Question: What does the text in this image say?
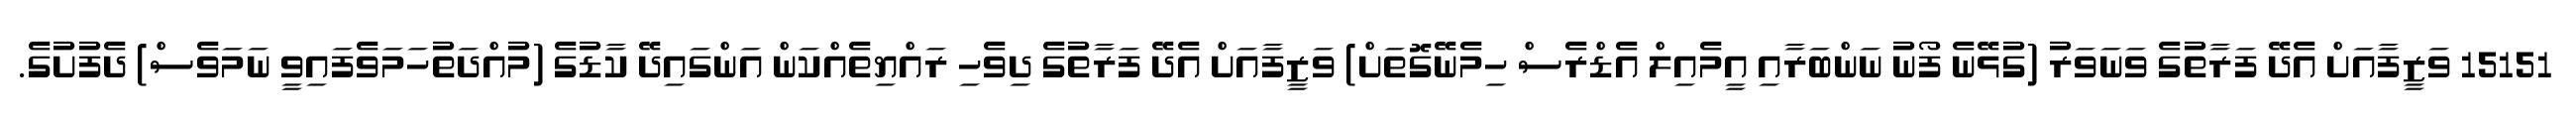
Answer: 15151 ވަޒީފާއަށް އެދޭ ފަރާތުގެ ވަނަވަރު (ގުޅޭނެ ފޯނު ނަންބަރާއި އީމެއިލް އެޑްރެސް ހިމެނޭގޮތަށް) ވަޒީފާއަށް އެދޭ ފަރާތުގެ ދިވެހި ރައްޔިތެއްކަން އަންގައިދޭ ކާޑުގެ (މުއްދަތުހަމަވެފައިވީ ނަމަވެސް) ދެފުށުގެ.